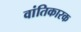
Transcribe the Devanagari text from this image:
वांतिकारक